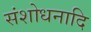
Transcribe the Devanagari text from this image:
संशोधनादि